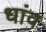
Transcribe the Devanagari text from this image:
धांव